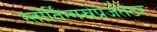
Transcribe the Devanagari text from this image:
स्तोर्तिन्गस्रेप्रेजेंतेटर